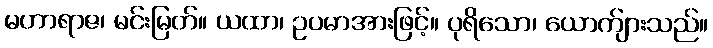
မဟာရာဇ၊ မင်းမြတ်။ ယထာ၊ ဥပမာအားဖြင့်။ ပုရိသော၊ ယောက်ျားသည်။